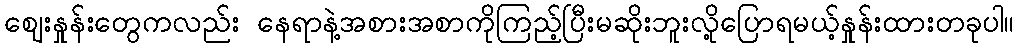
ဈေးနှုန်းတွေကလည်း နေရာနဲ့အစားအစာကိုကြည့်ပြီးမဆိုးဘူးလို့ပြောရမယ့်နှုန်းထားတခုပါ။